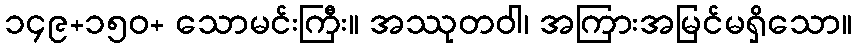
၁၄၉+၁၅၀+ သောမင်းကြီး။ အဿုတဝါ၊ အကြားအမြင်မရှိသော။